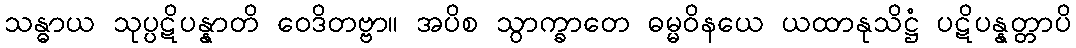
သန္ဓာယ သုပ္ပဋိပန္နာတိ ဝေဒိတဗ္ဗာ။ အပိစ သွာက္ခာတေ ဓမ္မဝိနယေ ယထာနုသိဋ္ဌံ ပဋိပန္နတ္တာပိ